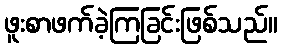
ဖူးစာဖက်ခဲ့ကြခြင်းဖြစ်သည်။